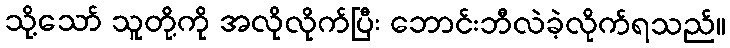
သို့သော် သူတို့ကို အလိုလိုက်ပြီး ဘောင်းဘီလဲခဲ့လိုက်ရသည်။